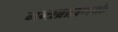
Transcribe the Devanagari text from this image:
मन्त्रब्राह्मणयोः